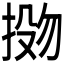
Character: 𫽌